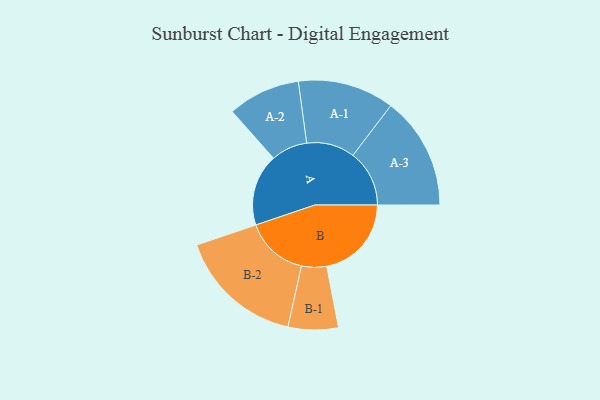
{"axis": {"x": "Segment", "y": "Value"}, "legend": ["", "A", "B"], "data": [{"x": "A", "y": 307, "type": ""}, {"x": "B", "y": 362, "type": ""}, {"x": "A-1", "y": 206, "type": "A"}, {"x": "A-2", "y": 155, "type": "A"}, {"x": "A-3", "y": 241, "type": "A"}, {"x": "B-1", "y": 107, "type": "B"}, {"x": "B-2", "y": 269, "type": "B"}]}